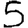
Digit: 5